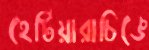
হেটিয়ারাচিঙে